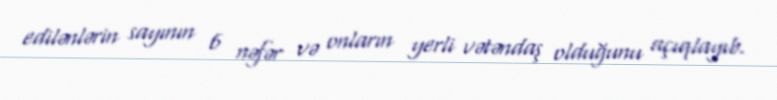
edilənlərin sayının 6 nəfər və onların yerli vətəndaş olduğunu açıqlayıb.